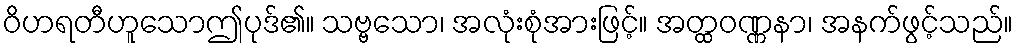
ဝိဟရတီဟူသောဤပုဒ်၏။ သဗ္ဗသော၊ အလုံးစုံအားဖြင့်။ အတ္ထဝဏ္ဏနာ၊ အနက်ဖွင့်သည်။